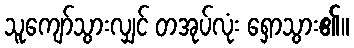
သူကျော်သွားလျှင် တအုပ်လုံး ရှောသွား၏။